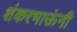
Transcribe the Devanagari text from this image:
शंकरभाऊंनी